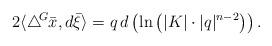
LaTeX: \begin{align*}2\langle \triangle \!^{G}\bar{x},d\bar{\xi}\rangle=q\,d\left( \ln \left(|K|\cdot|q|^{n-2}\right) \right) . \end{align*}